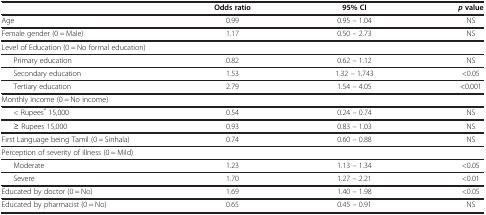
|  | Odds ratio | 95% CI | p value |
 | --- | --- | --- | --- |
 | Age | 0.99 | 0.95 – 1.04 | NS |
 | Female gender (0 = Male) | 1.17 | 0.50 – 2.73 | NS |
 | <COLSPAN=4> Level of Education (0 = No formal education) |
 | Primary education | 0.82 | 0.62 – 1.12 | NS |
 | Secondary education | 1.53 | 1.32 – 1.743 | <0.05 |
 | Tertiary education | 2.79 | 1.54 – 4.05 | <0.001 |
 | <COLSPAN=4> Monthly income (0 = No income) |
 | < Rupees* 15,000 | 0.54 | 0.24 – 0.74 | NS |
 | ≥ Rupees 15,000 | 0.93 | 0.83 – 1.03 | NS |
 | First Language being Tamil (0 = Sinhala) | 0.74 | 0.60 – 0.88 | NS |
 | <COLSPAN=4> Perception of severity of illness (0 = Mild) |
 | Moderate | 1.23 | 1.13 – 1.34 | <0.05 |
 | Severe | 1.70 | 1.27 – 2.21 | <0.01 |
 | Educated by doctor (0 = No) | 1.69 | 1.40 – 1.98 | <0.05 |
 | Educated by pharmacist (0 = No) | 0.65 | 0.45 – 0.91 | NS |